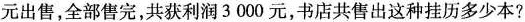
元出售，全部售完，共获利润3000元，书店共售出这种挂历多少本?